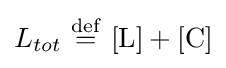
L_{tot}\ {\stackrel {\mathrm {def} }{=}}\ [{\mathrm {L} }]+[{\mathrm {C} }]